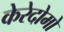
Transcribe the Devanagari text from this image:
केरेदोमो